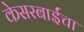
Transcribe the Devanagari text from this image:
केसरबाईंचा